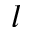
l